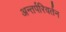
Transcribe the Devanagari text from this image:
अन्तर्परिवर्तन